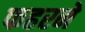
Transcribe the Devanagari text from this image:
फहरने